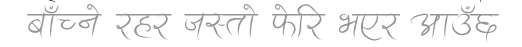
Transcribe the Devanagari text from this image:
बाँच्ने रहर जस्तो फेरि भए आउँछ